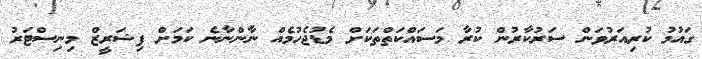
ގައުމު ކުރިއަރުވަން ސަރުކާރުން ކުރާ މަސައްކަތްތަކަށް މެޑުޖެހުމެއް ނާންނާނެ ކަމަށް ފިޝަރީޒް މިނިސްޓަރު